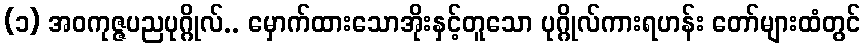
(၁) အဝကုဇ္ဇပညပုဂ္ဂိုလ်.. မှောက်ထားသောအိုးနှင့်တူသော ပုဂ္ဂိုလ်ကားရဟန်း တော်များထံတွင်